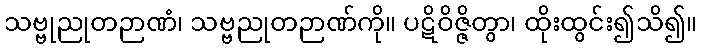
သဗ္ဗုညုတဉာဏံ၊ သဗ္ဗညုတဉာဏ်ကို။ ပဋိဝိဇ္ဇိတွာ၊ ထိုးထွင်း၍သိ၍။